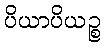
ပိယာပိယဉ္စ